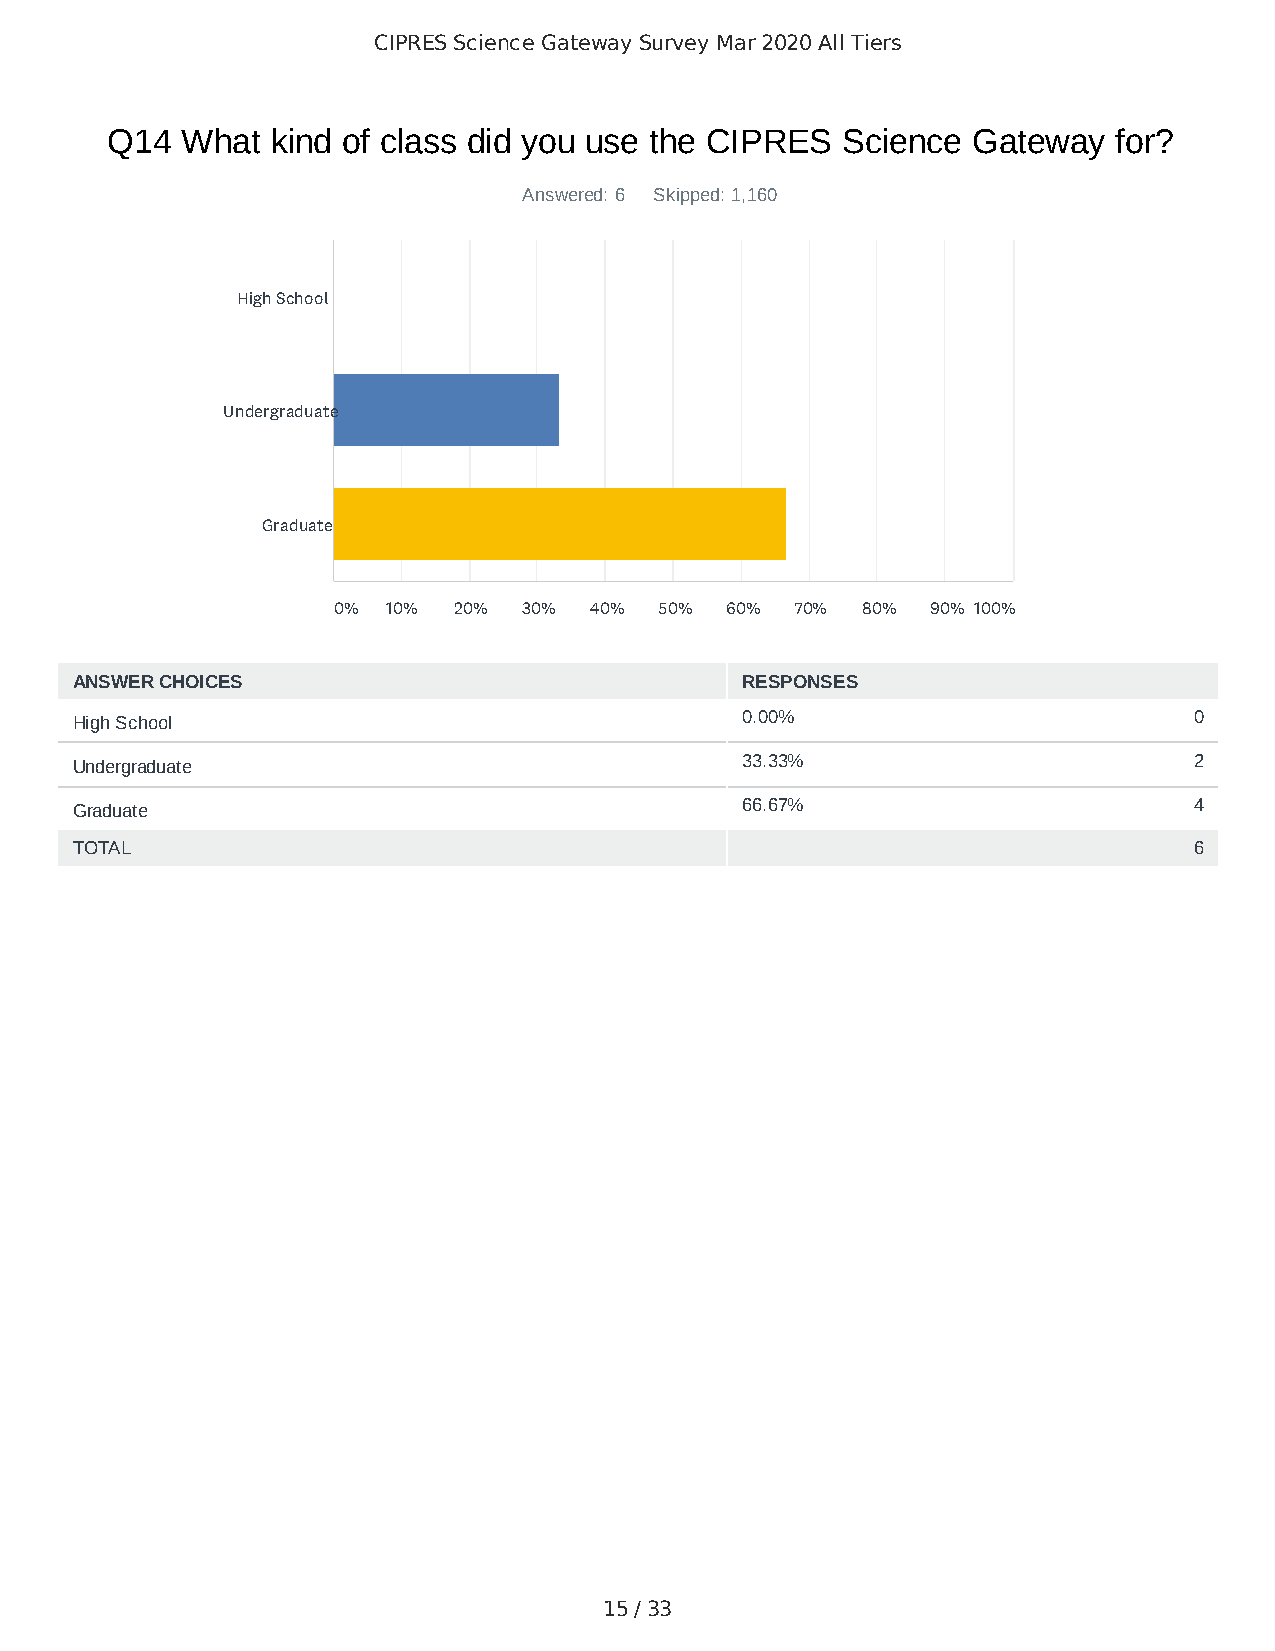
CIPRES Science Gateway Survey Mar 2020 All Tiers
 Q14  What  kind of class did you use the CIPRES  Science Gateway   for?
 Answered: 6 Skipped: 1,160
 High School
 Undergraduate
 Graduate
 0%  10% 20%  30% 40%  50% 60%  70% 80%  90% 100%
 ANSWER CHOICES                              RESPONSES
 High School                                 0.00%                         0
 Undergraduate                               33.33%                        2
 Graduate                                    66.67%                        4
 TOTAL                                                                     6
 15 / 33